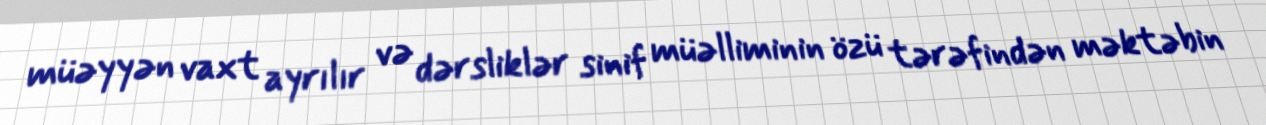
müəyyən vaxt ayrılır və dərsliklər sinif müəlliminin özü tərəfindən məktəbin